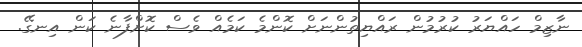
ނާޒިމް ހައްޔަރު ކުރުމުން ރައްޔިތުންނަށް ކޮންމެ ކަމެއް ވެސް ކޮށްފާނެ ކަން އިނގޭ.